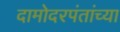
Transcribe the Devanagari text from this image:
दामोदरपंतांच्या